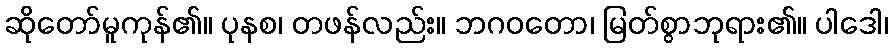
ဆိုတော်မူကုန်၏။ ပုနစ၊ တဖန်လည်း။ ဘဂဝတော၊ မြတ်စွာဘုရား၏။ ပါဒေါ၊